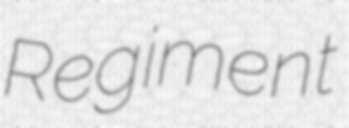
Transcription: Regiment